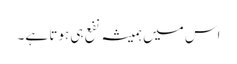
اس میں ہمیشہ نفع ہی ہوتا ہے۔